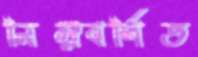
নিম্নবর্ণিত